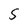
Character: S